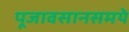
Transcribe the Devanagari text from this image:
पूजावसानसमये